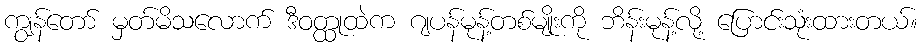
ကျွန်တော် မှတ်မိသလောက် ဒီဝတ္ထုထဲက ဂျပန်မုန့်တစ်မျိုးကို ဘိန်းမုန့်လို့ ပြောင်းသုံးထားတယ်။